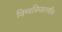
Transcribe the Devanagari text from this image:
विश्वविद्यालयीन